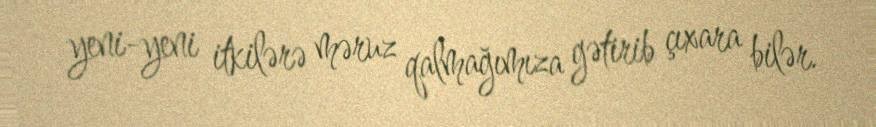
yeni-yeni itkilərə məruz qalmağımıza gətirib çıxara bilər.